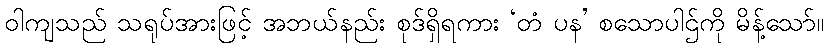
ဝါကျသည် သရုပ်အားဖြင့် အဘယ်နည်း စုဒ်ရှိရကား ‘တံ ပန’ စသောပါဌ်ကို မိန့်သော်။